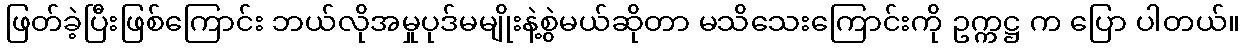
ဖြတ်ခဲ့ပြီးဖြစ်ကြောင်း ဘယ်လိုအမှုပုဒ်မမျိုးနဲ့စွဲမယ်ဆိုတာ မသိသေးကြောင်းကို ဥက္ကဋ္ဌ က ပြော ပါတယ်။